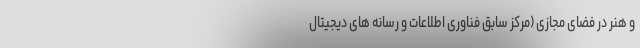
و هنر در فضای مجازی (مرکز سابق فناوری اطلاعات و رسانه های دیجیتال